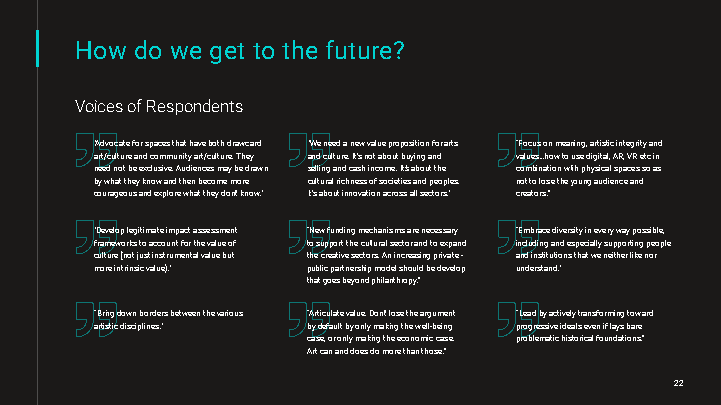
How do we get to the future?
 VoicesofRespondents
 "Advocateforspacesthathavebothdrawcard "Weneedanewvaluepropositionforarts “Focusonmeaning,artisticintegrityand
 art/cultureandcommunityart/culture.They andculture.It'snotaboutbuyingand values…howtousedigital,AR,VRetcin
 neednotbeexclusive.Audiencesmaybedrawn sellingandcashincome.It'saboutthe combinationwithphysicalspacessoas
 bywhattheyknowandthenbecomemore culturalrichnessofsocietiesandpeoples. nottolosetheyoungaudienceand
 courageousandexplorewhattheydon'tknow." It'saboutinnovationacrossallsectors." creators.”
 "Developlegitimateimpactassessment “Newfundingmechanismsarenecessary “Embracediversityineverywaypossible,
 frameworkstoaccountforthevalueof tosupporttheculturalsectorandtoexpand includingandespeciallysupportingpeople
 culture(notjustinstrumentalvaluebut thecreativesectors.Anincreasingprivate- andinstitutionsthatweneitherlikenor
 moreintrinsicvalue)." publicpartnershipmodelshouldbedevelop understand."
 thatgoesbeyondphilanthropy.”
 “Bringdownbordersbetweenthevarious “Articulatevalue.Don'tlosetheargument “Leadbyactivelytransformingtoward
 artisticdisciplines." bydefaultbyonlymakingthewell-being progressiveidealseveniflaysbare
 case,oronlymakingtheeconomiccase. problematichistoricalfoundations.”
 Artcananddoesdomorethanthose.”
 22